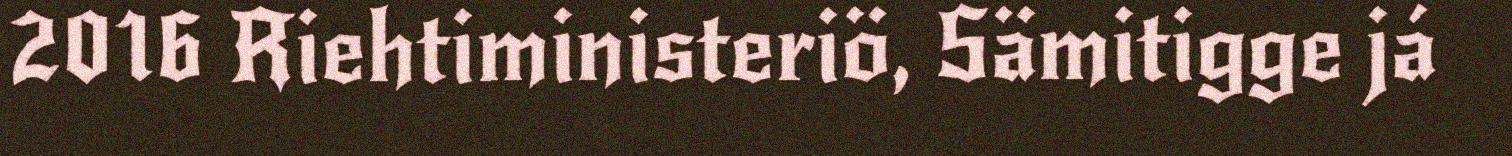
2016 Riehtiministeriö, Sämitigge já